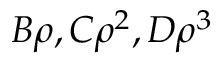
B \rho , C \rho ^ { 2 } , D \rho ^ { 3 }